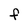
Character: f